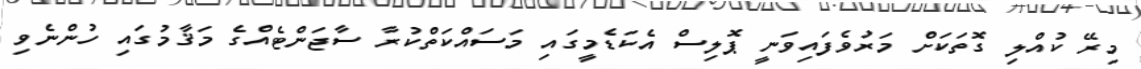
މިރޭ ކުއްލި ގޮތަކަށް މަރުވެފައިވަނީ ޕޮލިސް އެކަޑެމީގައި މަސައްކަތްކުރާ ސާޖަންޓެއްގެ މަޤާމުގައި ހުންނެވި